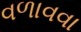
વળાવવા